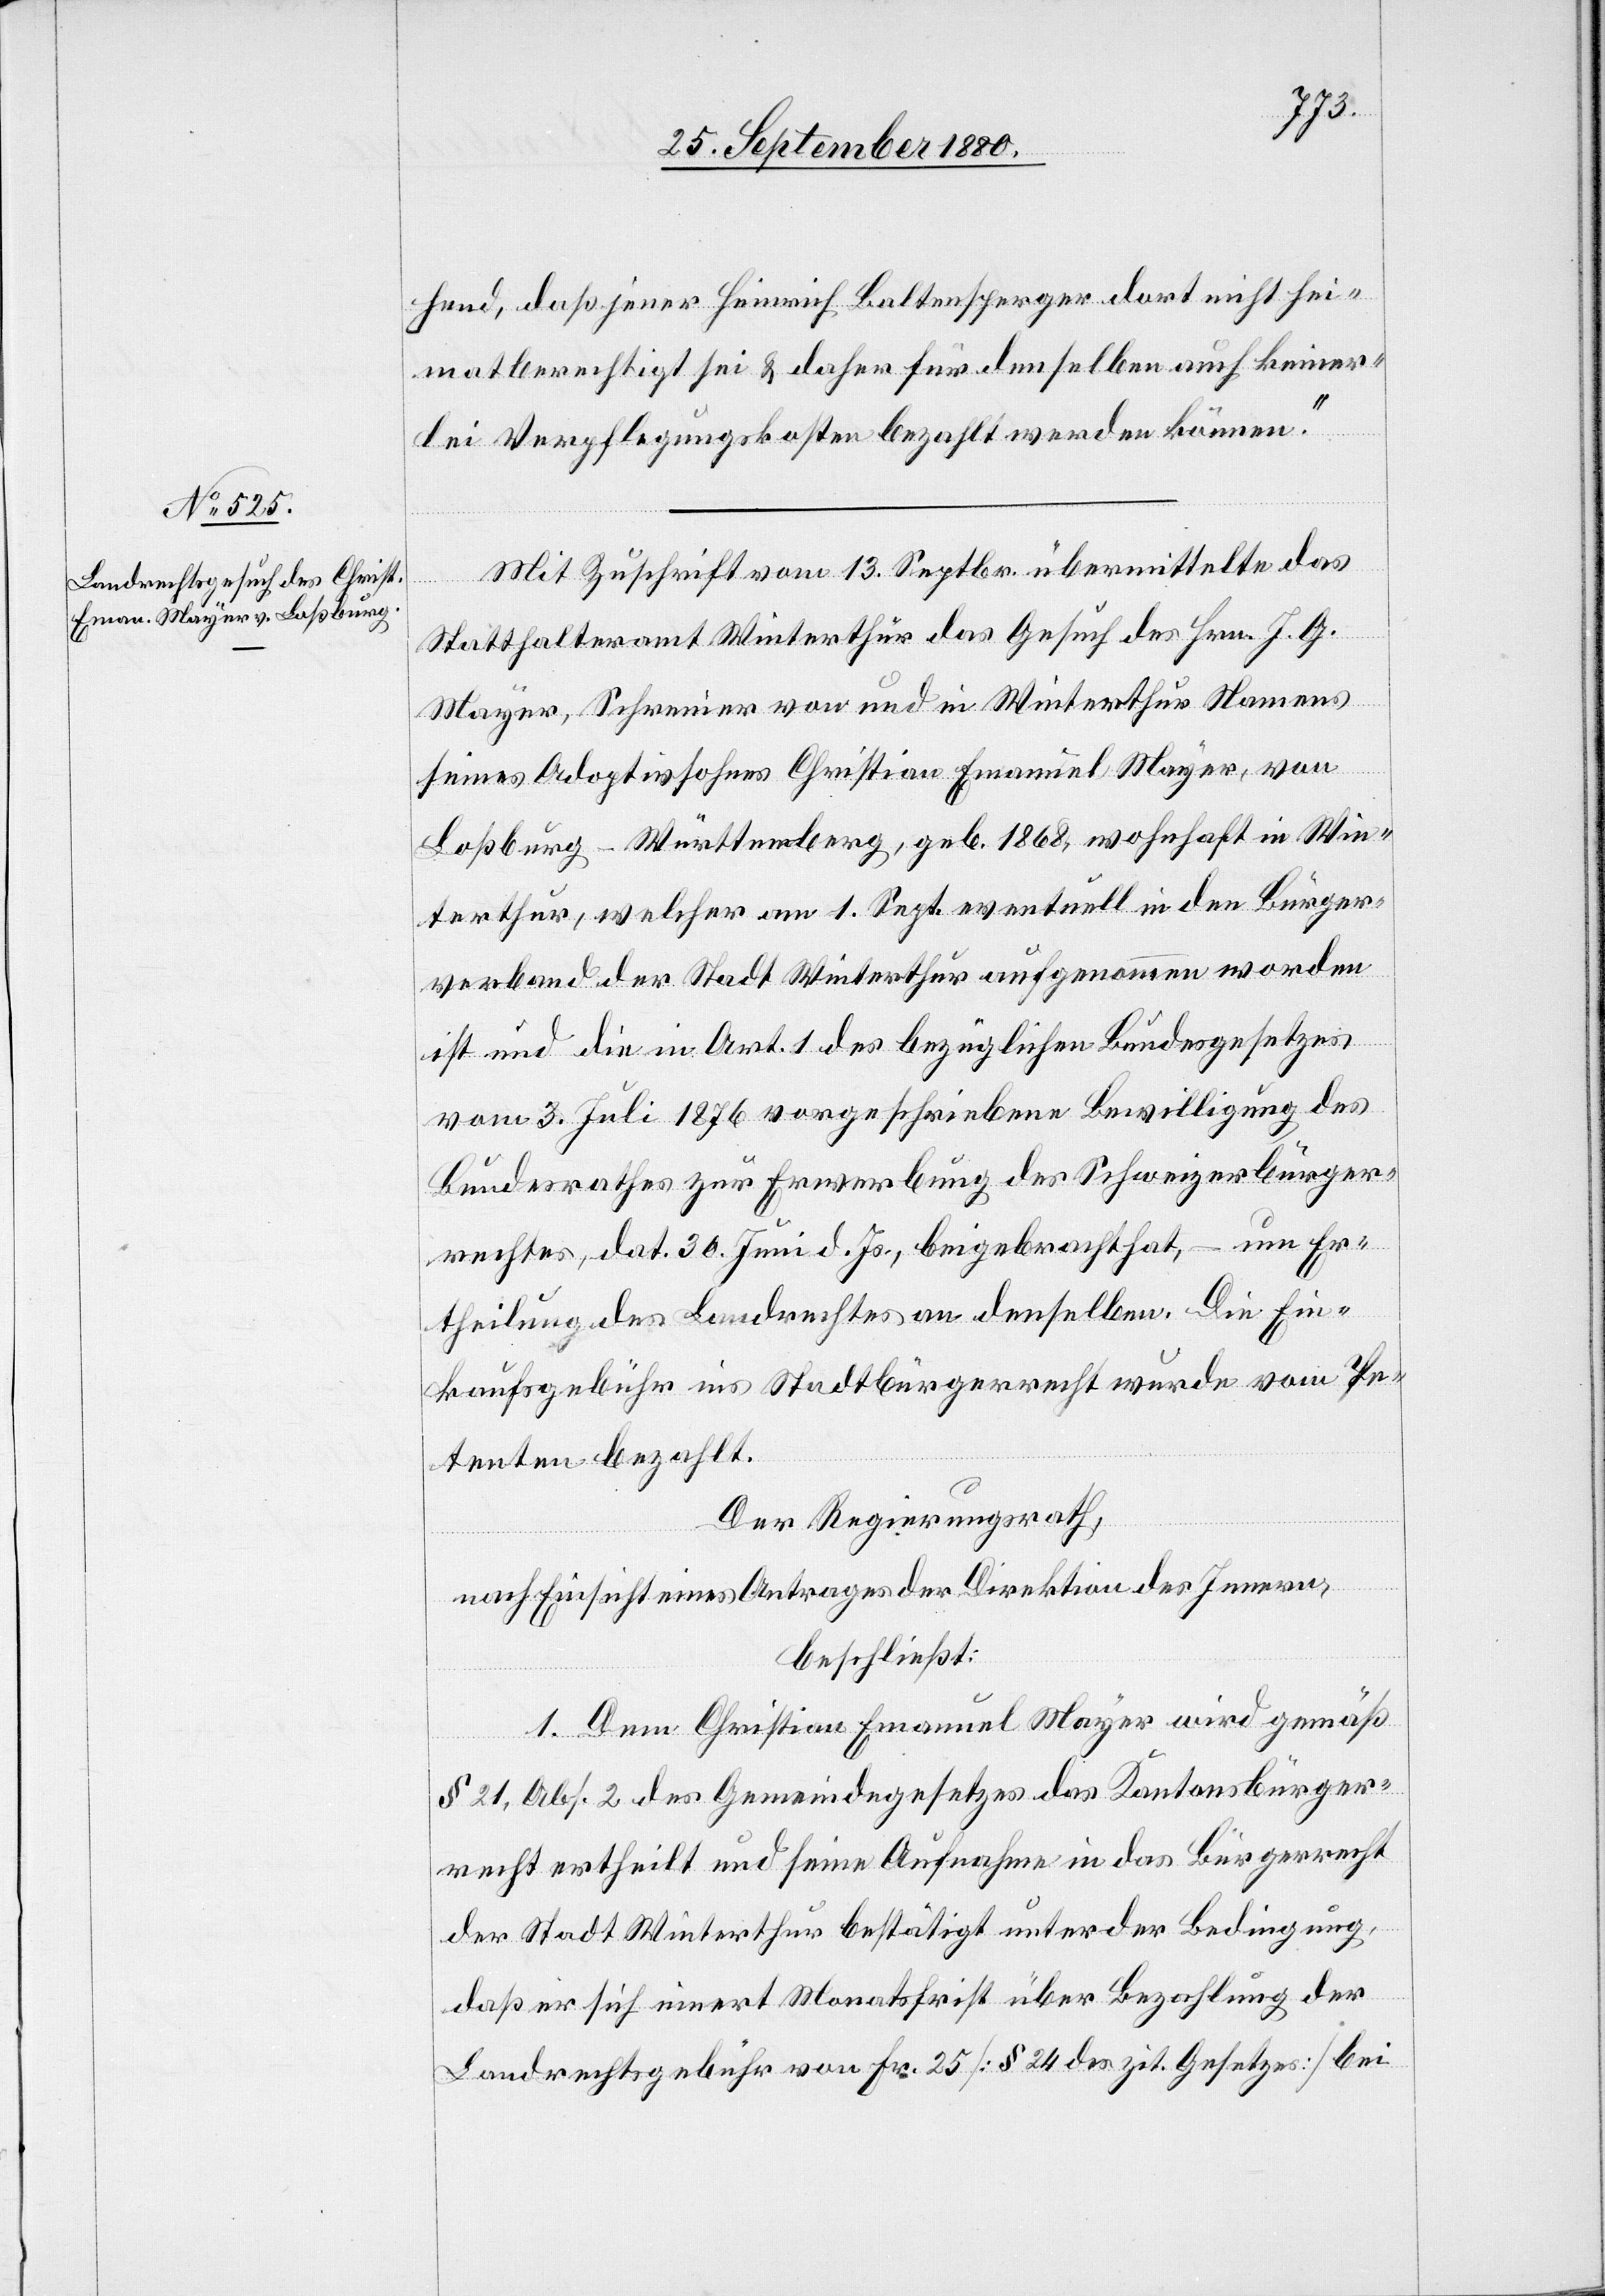
hend, daß jener Heinrich Baltensperger dort nicht hei¬
mathberechtigt sei & daher für denselben auch keiner¬
lei Verpflegungskosten bezahlt werden können.
Mit Zuschrift vom 13. Septbr. übermittelte das
Statthalteramt Winterthur das Gesuch des Hrn. J. G.
Mayer, Schreiner von und in Winterthur Namens
seines Adoptivsohnes Christian Emanuel Mayer, von
Loßburg - Württemberg, geb. 1868, wohnhaft in Win¬
terthur, welcher am 1. Sept. eventuell in den Bürger¬
verband der Stadt Winterthur aufgenommen worden
ist und die in Art. 1 des bezüglichen Bundesgesetzes
vom 3. Juli 1876 vorgeschriebene Bewilligung des
Bundesrathes zur Erwerbung des Schweizerbürger¬
rechtes, dat. 30. Juni d. Js., beigebracht hat, um Er¬
theilung des Landrechtes an denselben. Die Ein¬
kaufsgebühr ins Stadtbürgerrecht wurde vom Pe¬
tenten bezahlt.
Der Regierungsrath,
nach Einsicht eines Antrages der Direktion des Innern,
beschließt:
1. Dem Christian Emanuel Mayer wird gemäß
§ 21, Abs. 2 des Gemeindegesetzes das Kantonsbürger¬
recht ertheilt und seine Aufnahme in das Bürgerrecht
der Stadt Winterthur bestätigt unter der Bedingung,
daß er sich innert Monatsfrist über Bezahlung der
Landrechtsgebühr von Fr. 25 [§ 24 des zit. Gesetzes] bei